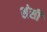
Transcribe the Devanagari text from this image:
शंसी